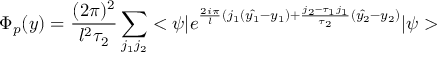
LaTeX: \Phi _ { p } ( y ) = \frac { ( 2 \pi ) ^ { 2 } } { l ^ { 2 } \tau _ { 2 } } \sum _ { j _ { 1 } j _ { 2 } } < \psi | e ^ { \frac { 2 i \pi } { l } ( j _ { 1 } ( \hat { y _ { 1 } } - y _ { 1 } ) + \frac { j _ { 2 } - \tau _ { 1 } j _ { 1 } } { \tau _ { 2 } } ( \hat { y _ { 2 } } - y _ { 2 } ) } | \psi >